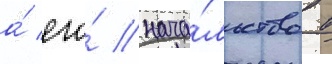
а́ его́ нача́льство в